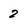
Character: 2